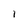
Character: I